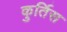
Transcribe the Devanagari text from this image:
कुर्तिस